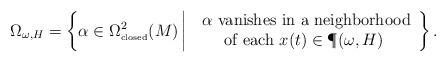
LaTeX: \begin{align*} \Omega_{\omega, H} = \left\{\alpha \in \Omega^2_{\tiny{\mbox{closed}}}(M) \,\bigg|\,\begin{array}{cc} \mbox{ $\alpha$ vanishes in a neighborhood} \\ \mbox{of each $x(t) \in {\P}(\omega, H)$} \end{array}\right\}. \end{align*}